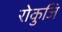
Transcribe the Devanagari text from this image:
रोकुजि